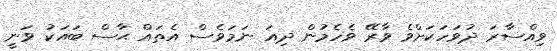
ވިއްސާރަ ދުވަހަކަށްވެ ވާރޭ ވެހެމުން ދިއަ ނަމަވެސް އެތައް ޙާސް ބައަކު ވަނީ